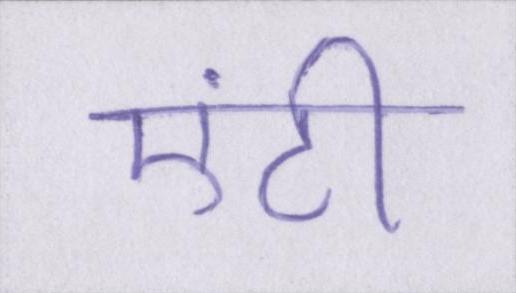
एंटी